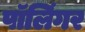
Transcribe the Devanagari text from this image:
पॉलिंगर